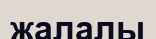
жалалы